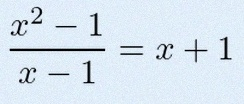
\frac{x^2-1}{x-1}=x+1